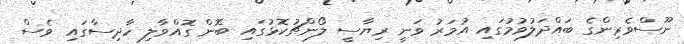
ނޫސްވެރިންގެ ބައްދަލުވުމުގައި އުމަރު ވަނީ ރިޔާސީ ލޯންޗުކޮޅުގައި ބޮން ގޮއްވާލި ހާދިސާގައި ވެސް